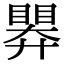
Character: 𭿗